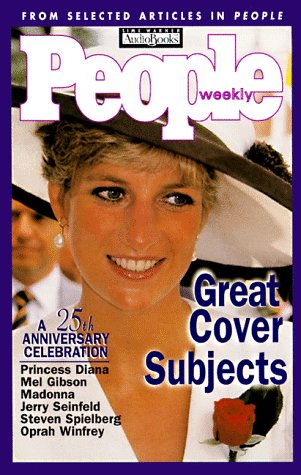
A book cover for People Weekly: Great Cover Subjects: A 25th Anniversary Celebration; People Magazine; Humor & Entertainment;